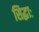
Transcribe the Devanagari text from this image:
सिद्धाः